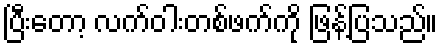
ပြီးတော့ လက်ဝါးတစ်ဖက်ကို ဖြန့်ပြသည်။